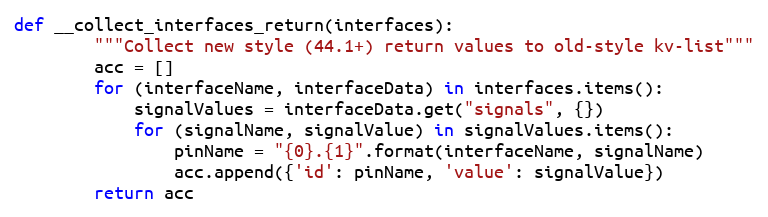
Language: Python
def __collect_interfaces_return(interfaces):
        """Collect new style (44.1+) return values to old-style kv-list"""
        acc = []
        for (interfaceName, interfaceData) in interfaces.items():
            signalValues = interfaceData.get("signals", {})
            for (signalName, signalValue) in signalValues.items():
                pinName = "{0}.{1}".format(interfaceName, signalName)
                acc.append({'id': pinName, 'value': signalValue})
        return acc